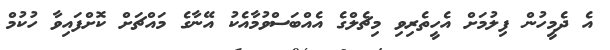
އެ ދެމީހުން ފިލުމަށް އެހީތެރިވި މިޗެލްގެ އެއްބަސްވުމާއެކު އޭނާގެ މައްޗަށް ކޮށްފައިވާ ހުކުމް